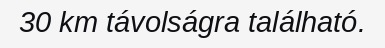
30 km távolságra található.